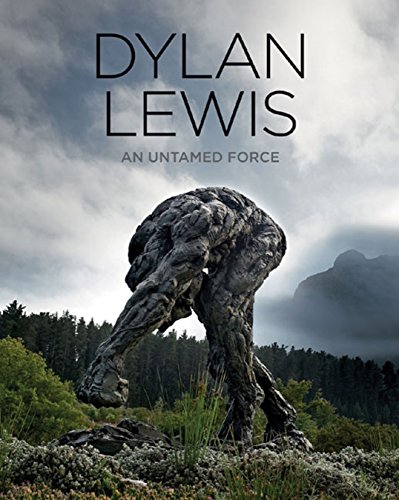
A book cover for Dylan Lewis - An Untamed Force; Dylan Lewis; Arts & Photography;